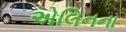
એલિનના